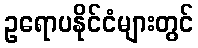
ဥရောပနိုင်ငံများတွင်